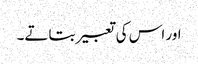
اور اس کی تعبیر بتاتے۔